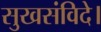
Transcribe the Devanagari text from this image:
सुखसंविदे।